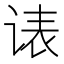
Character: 𲂏